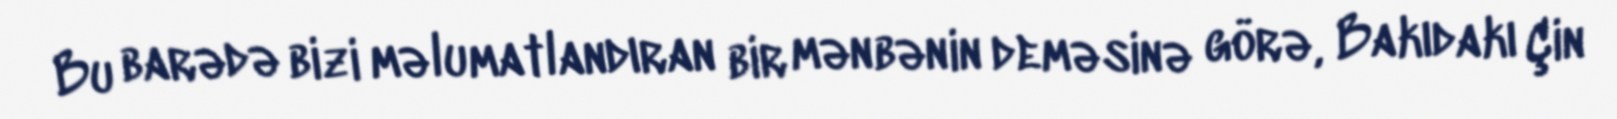
Bu barədə bizi məlumatlandıran bir mənbənin deməsinə görə, Bakıdakı Çin